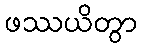
ဖဿယိတွာ